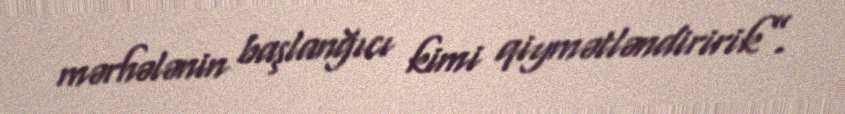
mərhələnin başlanğıcı kimi qiymətləndiririk”.